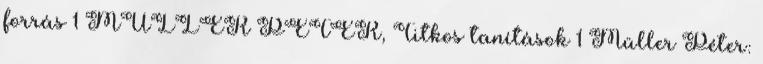
forrás 1 MÜLLER PÉTER, Titkos tanítások 1 Müller Péter: